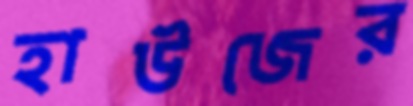
হাউজের